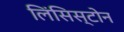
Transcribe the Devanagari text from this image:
लिंसिस्टोन